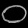
Digit: ၀